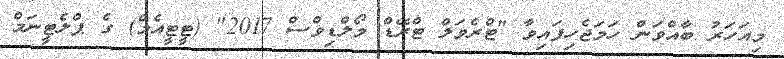
މިއަހަރު ބާއްވަން ހަމަޖެހިފައިވާ "ޓްރެވަލް ޓްރޭޑް މޯލްޑިވްސް 2017" (ޓީޓީއެމް) ގެ ޕްލެޓީނަމް